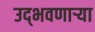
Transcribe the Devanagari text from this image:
उद्‌भवणाऱ्या